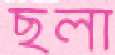
ছলা